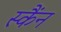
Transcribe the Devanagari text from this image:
स्कैंन